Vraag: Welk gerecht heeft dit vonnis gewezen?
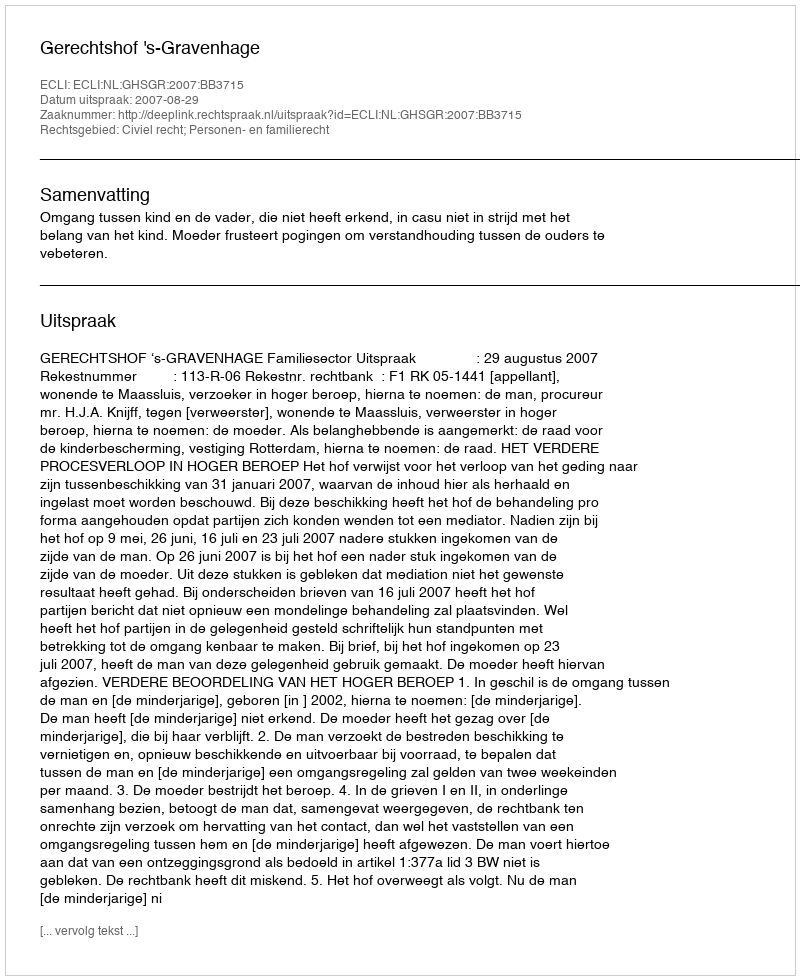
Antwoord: Gerechtshof 's-Gravenhage